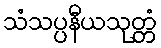
သံသပ္ပနီယသုတ္တံ